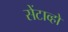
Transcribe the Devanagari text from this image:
सेंटाव्हो